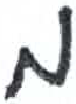
אות: מ